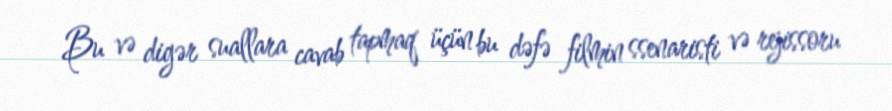
Bu və digər suallara cavab tapmaq üçün bu dəfə filmin ssenaristi və rejissoru